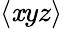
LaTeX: \langle\mathit{x}yz\rangle